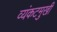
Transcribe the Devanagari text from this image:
व्यंकटमुखी